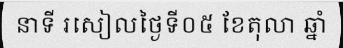
នាទី រសៀលថ្ងៃទី០៥ ខែតុលា ឆ្នាំ